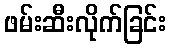
ဖမ်းဆီးလိုက်ခြင်း